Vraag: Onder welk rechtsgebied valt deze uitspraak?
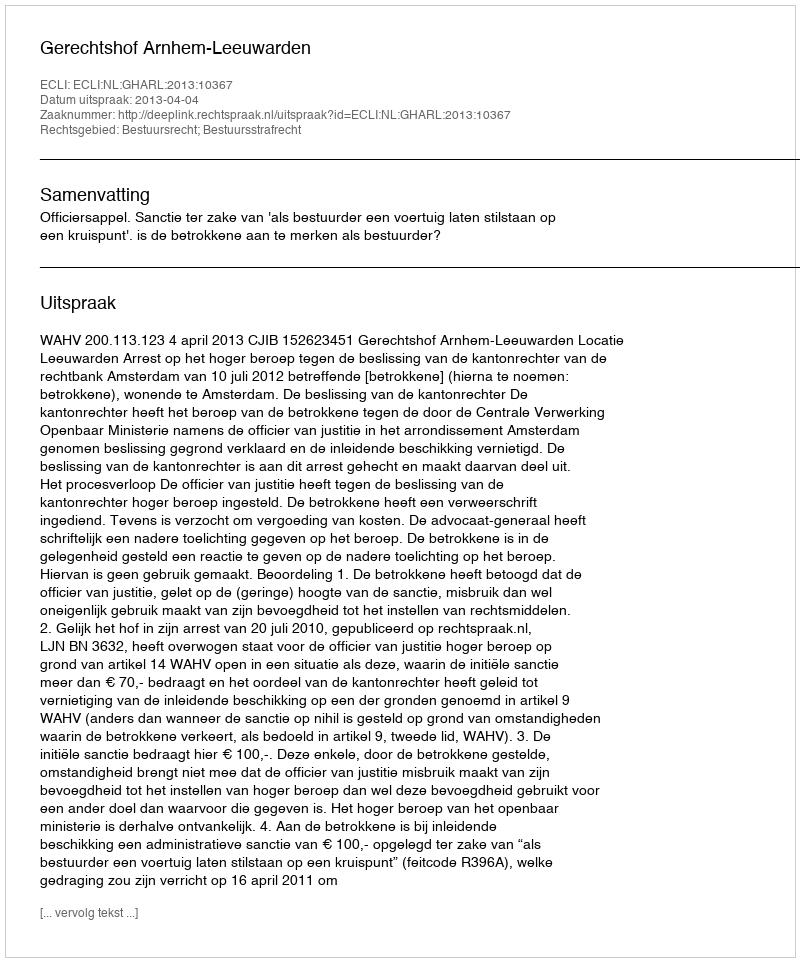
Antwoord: Bestuursrecht; Bestuursstrafrecht